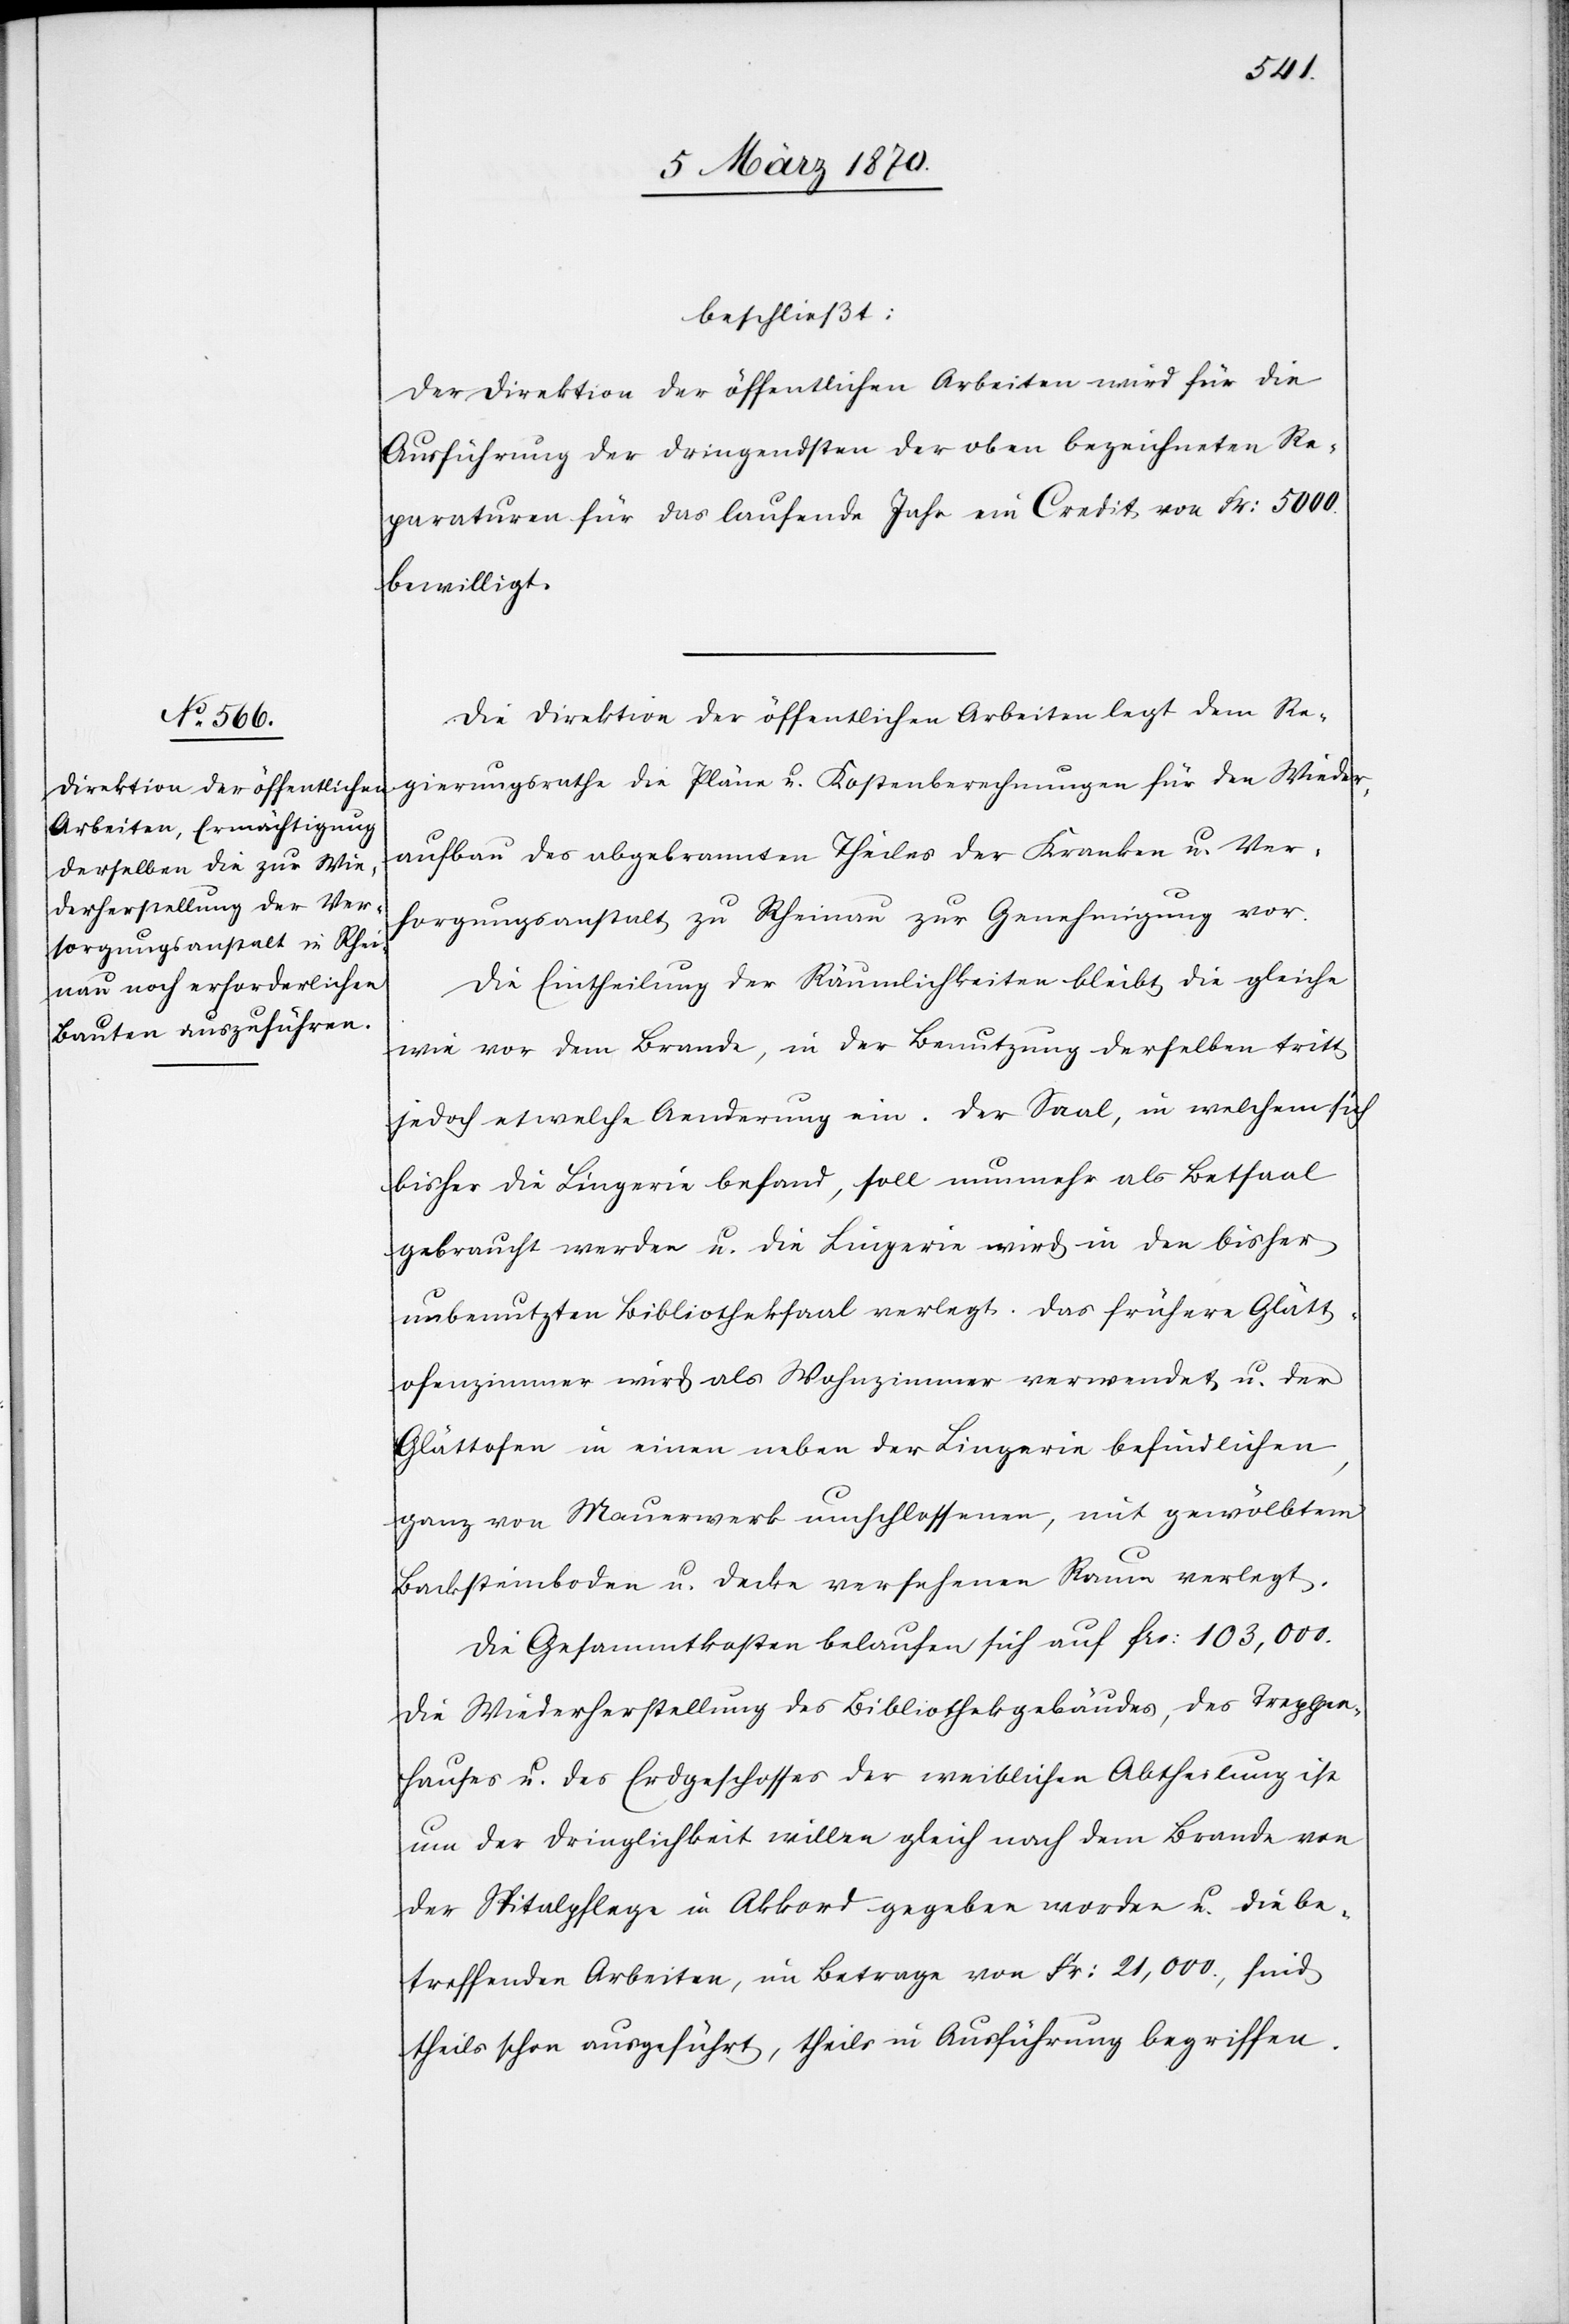
beschließt:
Der Direktion der öffentlichen Arbeiten wird für die
Ausführung der dringendsten der oben bezeichneten Re¬
paraturen für das laufende Jahr ein Credit von Fr: 5000.
bewilligt.
Die Direktion der öffentlichen Arbeiten legt dem Re¬
gierungsrathe die Pläne u. Kostenberechnungen für den Wieder¬
aufbau des abgebrannten Theiles der Kranken u. Ver¬
sorgungsanstalt zu Rheinau zur Genehmigung vor.
Die Eintheilung der Räumlichkeiten bleibt die gleiche
wie vor dem Brande, in der Benutzung derselben tritt
jedoch etwelche Aenderung ein. Der Saal, in welchem sich
bisher die Lingerie befand, soll nunmehr als Betsaal
gebraucht werden u. die Lingerie wird in den bisher
unbenutzten Bibliotheksaal verlegt. Das frühere Glätt¬
ofenzimmer wird als Wohnzimmer verwendet u. der
Glättofen in einen neben der Lingerie befindlichen,
ganz von Mauerwerk umschlossenen, mit gewölbtem
Backsteinboden u. Decke versehenen Raume verlegt.
Die Gesamtkosten belaufen sich auf frs: 103,000.
Die Wiederherstellung des Bibliothekgebäudes, des Treppen¬
hauses u. des Erdgeschosses der weiblichen Abtheilung ist
um der Dringlichkeit willen gleich nach dem Brande von
der Spitalpflege im Akkord gegeben worden u. die be¬
treffenden Arbeiten, im Betrage von Fr: 21,000., sind
theils schon ausgeführt, theils in Ausführung begriffen.